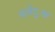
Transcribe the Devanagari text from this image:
सर्वदुःख